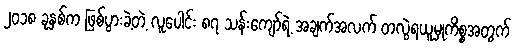
၂၀၁၈ ခုနှစ်က ဖြစ်ပွားခဲ့တဲ့ လူပေါင်း ၈၇ သန်းကျော်ရဲ့ အချက်အလက် တလွဲရယူမှုကိစ္စအတွက်